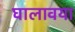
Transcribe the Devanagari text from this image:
घालावया